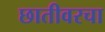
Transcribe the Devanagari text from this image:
छातीवरचा